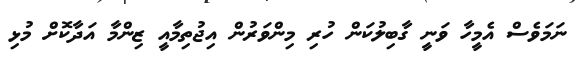
ނަމަވެސް އެމީހާ ވަނީ ގާބިލުކަން ހުރި މިންވަރުން އިޖުތިމާއީ ޒިންމާ އަދާކޮށް މުޅި